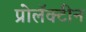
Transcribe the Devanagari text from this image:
प्रोलॅक्टीन